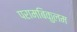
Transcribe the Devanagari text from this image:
परामबिकुलम